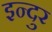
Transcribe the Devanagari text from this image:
इन्दुर